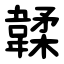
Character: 韖